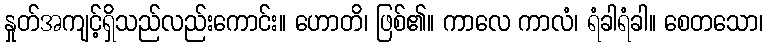
နှုတ်အကျင့်ရှိသည်လည်းကောင်း။ ဟောတိ၊ ဖြစ်၏။ ကာလေ ကာလံ၊ ရံခါရံခါ။ စေတသော၊